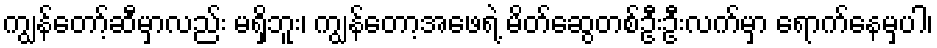
ကျွန်တော့်ဆီမှာလည်း မရှိဘူး၊ ကျွန်တော့အဖေရဲ့ မိတ်ဆွေတစ်ဦးဦးလက်မှာ ရောက်နေမှပါ၊